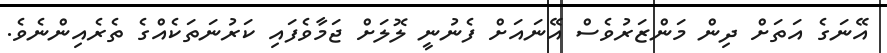
އޭނަގެ އަތަށް ދިން މަންޒަރުވެސް އޭނައަށް ފެނުނީ ލޮލަށް ޖަމާވެފައި ކަރުނަތަކެއްގެ ތެރެއިންނެވެ.